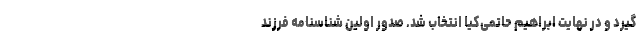
گیرد و در نهایت ابراهیم حاتمی‌کیا انتخاب شد. صدور اولین شناسنامه فرزند